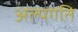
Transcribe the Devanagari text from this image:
अल्पगति